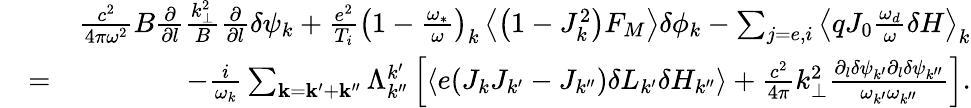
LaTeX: \begin{array}{rlr}&{}&{\frac{c^{2}}{4\pi\omega^{2}}B\frac{\partial}{\partial l}\frac{k_{\perp}^{2}}{B}\frac{\partial}{\partial l}\delta\psi_{k}+\frac{e^{2}}{T_{i}}\left(1-\frac{\omega_{*}}{\omega}\right)_{k}\left\langle\left(1-J_{k}^{2}\right)F_{M}\right\rangle\delta\phi_{k}-\sum_{j=e,i}\left\langle qJ_{0}\frac{\omega_{d}}{\omega}\delta H\right\rangle_{k}}\\ &{=}&{-\frac{i}{\omega_{k}}\sum_{\mathbf{k}=\mathbf{k}^{\prime}+\mathbf{k}^{\prime\prime}}\Lambda_{k^{\prime\prime}}^{k^{\prime}}\left[\left\langle e(J_{k}J_{k^{\prime}}-J_{k^{\prime\prime}})\delta L_{k^{\prime}}\delta H_{k^{\prime\prime}}\right\rangle+\frac{c^{2}}{4\pi}k_{\perp}^{2}\frac{\partial_{l}\delta\psi_{k^{\prime}}\partial_{l}\delta\psi_{k^{\prime\prime}}}{\omega_{k^{\prime}}\omega_{k^{\prime\prime}}}\right].}\end{array}